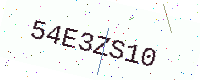
Text: 54E3ZS10